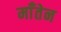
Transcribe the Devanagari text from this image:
माँतेन